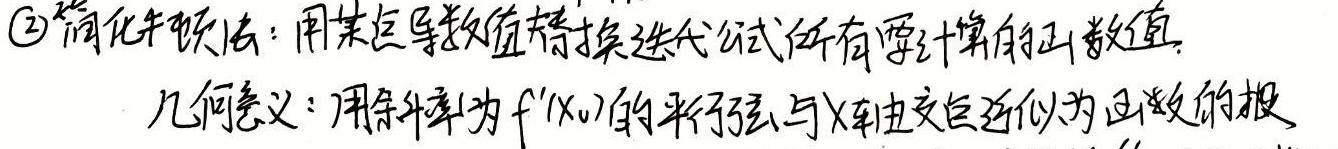
\textcircled{2}简化牛顿法：用某点导数值替换迭代公式所有要计算的导数值。

几何意义：用斜率为\(f'(x_0)\)的平行弦与\(x\)轴交点近似为函数的根。